French and German assistants in Scottish schools and training centres, 1912
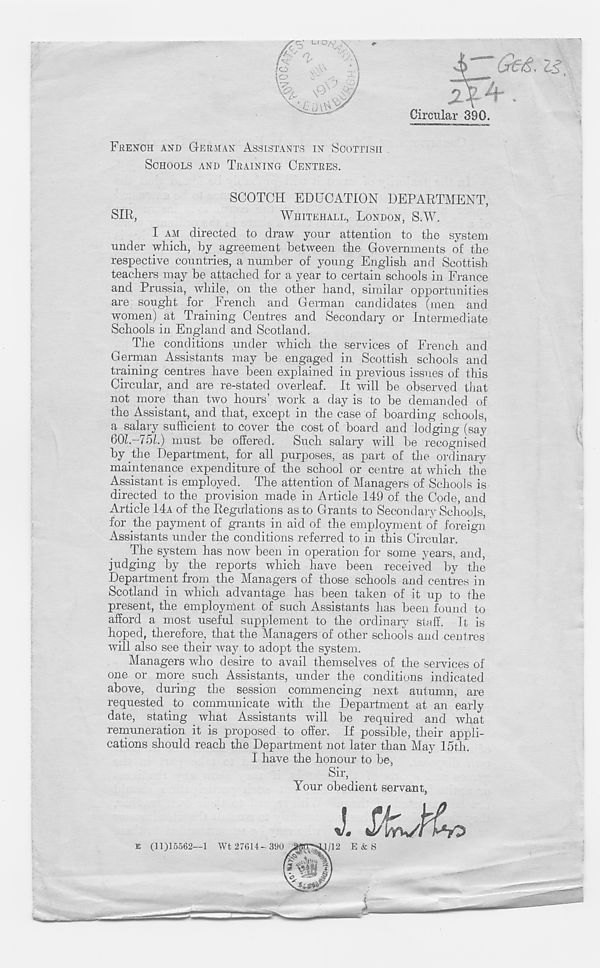
FRENCH AND GERMAN ASSISTANTS IN SCOTTISH
SCHOOLS AND TRAINING CENTRES.
SCOTCH EDUCATION DEPARTMENT,
SIR,
WHITEHALL, LONDON, S.W.
I AM directed to draw your attention to the system
under which, by agreement between the Governments of the
respective countries, a number of young English and Scottish
teachers may be attached for a year to certain schools in France
and Prussia, while, on the other hand, similar opportunities
are sought for French and German candidates (men and
women) at Training Centres and Secondary or Intermediate
Schools in England and Scotland.
The conditions under which the services of French and
German Assistants may be engaged in Scottish schools and
training centres have been explained in previous issues of this
Circular, and are re-stated overleaf. It will be observed that
not more than two hours’ work a day is to be demanded of
the Assistant, and that, except in the case of boarding schools,
a salary sufficient to cover the cost of board and lodging (say
60Z.-75L) must be offered. Such salary will be recognised
by.the Department, for all purposes, as part of the ordinary
maintenance expenditure of the school or centre at which the
Assistant is employed. The attention of Managers of Schools is
directed to the provision made in Article 149 of the Code, and
Article 14A of the Regulations as to Grants to Secondary Schools,
for the payment of grants in aid of. the employment of foreign
Assistants under the conditions referred to in this Circular.
The system has now been in operation for some years, and,
judging by the reports which have been received by the
Department from the Managers of those schools and centres in
Scotland in which advantage has been taken of it up to the
present, the employment of such Assistants has been found to
afford a most useful supplement to the ordinary staff. It is
hoped, therefore, that the Managers of other schools and centres
will also see their way to adopt the system.
Managers who desire to avail themselves of the services of
one or more such Assistants, under the conditions indicated
above, during the session commencing next autumn, are
requested to communicate with the Department at an early
date, stating what Assistants will be required and what
remuneration it is proposed to offer. If possible, their appli-
cations should reach the Department not later than May 15th.
I have the honour to be,
Sir,
Your obedient servant,
IS